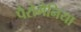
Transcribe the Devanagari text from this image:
पैरोमेनिया